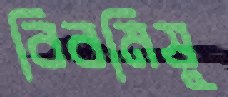
বিবমিষু